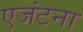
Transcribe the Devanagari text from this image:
एजंटना